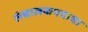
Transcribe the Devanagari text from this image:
संचालकपदाचा